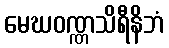
မေဃဝဏ္ဏသိရီနိဘံ